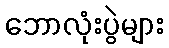
ဘောလုံးပွဲများ